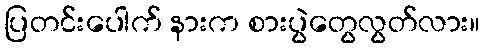
ပြတင်းပေါက် နားက စားပွဲတွေလွတ်လား။